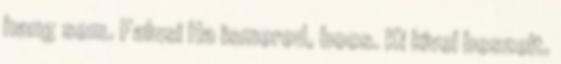
hang sem. Falusi Ha ismered, bocs. Ki kivel beszelt.